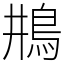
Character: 𩾺